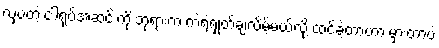
လှပတဲ့ ငါ့ရုပ်အဆင်းကို ဘုရားက ကဲ့ရဲ့ရှုတ်ချလိမ့်မယ်လို့ ထင်ခဲ့တာဟာ မှားတာပဲ